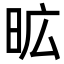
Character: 昿